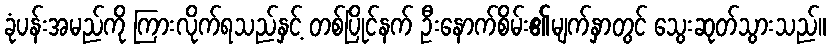
ခုံပန်းအမည်ကို ကြားလိုက်ရသည်နှင့် တစ်ပြိုင်နက် ဦးနောက်စိမ်း၏မျက်နှာတွင် သွေးဆုတ်သွားသည်။